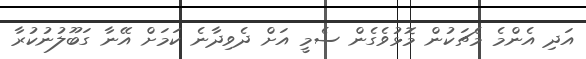
އަދި އެންމެ މެޗަކުން މޮޅުވެގެން ސެމީ އަށް ދެވިދާނެ ކަމަށް އޭނާ ގަބޫލުނުކުރާ